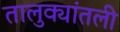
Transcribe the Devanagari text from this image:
तालुक्यांतली